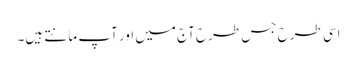
اسی طرح جس طرح آج میں اور آپ مانتے ہیں۔